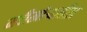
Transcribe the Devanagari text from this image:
नदीखोऱ्यातील